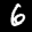
Label: 6